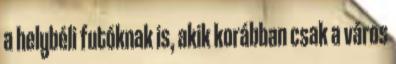
a helybéli futóknak is, akik korábban csak a város